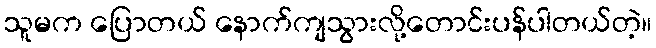
သူမက ပြောတယ် နောက်ကျသွားလို့တောင်းပန်ပါတယ်တဲ့။